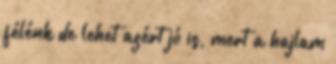
félénk de lehet azért jó is, mert a hajlam